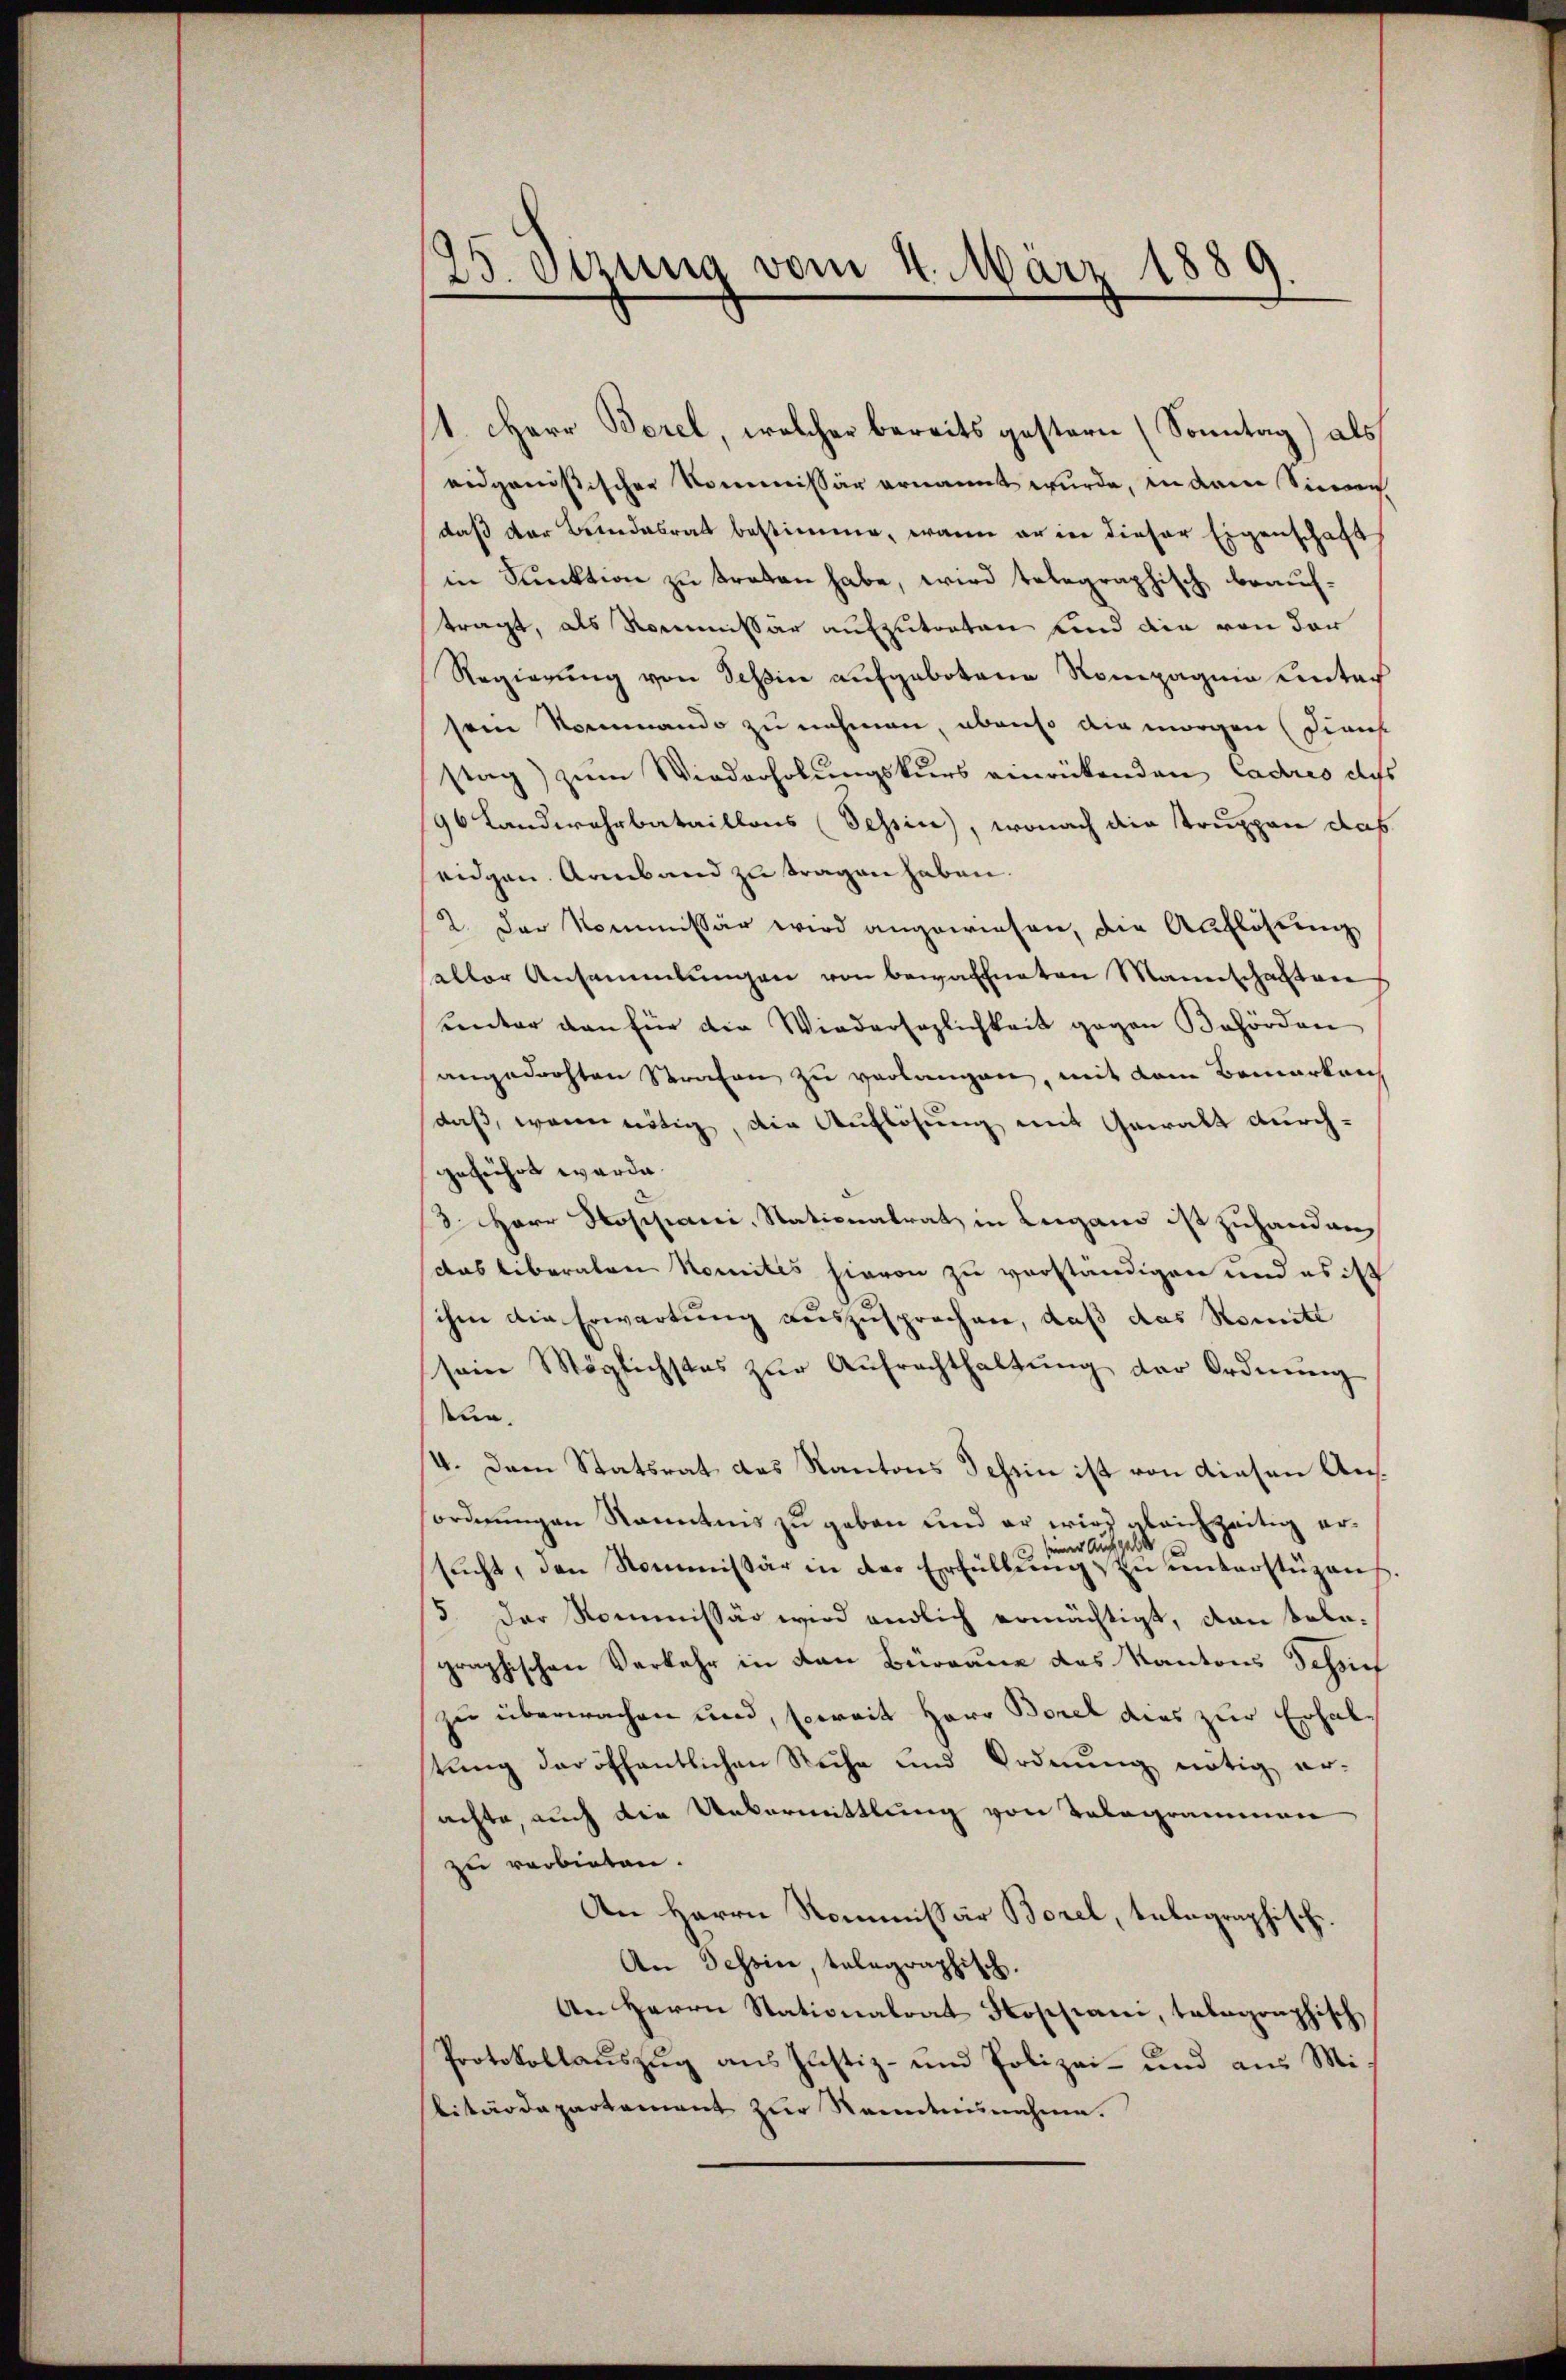
25. Sitzung vom 4. März 1889.

1. Herr Borel, welcher bereits gestern (Sonntag) als
eidgenössischen Kommissär ernannt wurde, in dem Sinne
daß der Bundesrat bestimme, wenn er in dieser Eigenschaft
in Punktion zu treten habe, wird telegraphisch beauftragt, als Kommissär aufzutreten und die von der
Regierung von Schin aufgebotene Rompagnie unter
sein Kommando zu nehmen, ebenso die morgen (Diens
stag) zum Wiederholungskurs einrückenden Cadres dass
96 Landwehrbataillons (Tessin, wonach die Truppen das
eidgen. Armband zu tragen haben.
2. Der Kommissär wird angewiesen, die Auflösung
salter Ansammlungen von bewaffneten Mannschaften
unter den für die Wiedersezlichkeit gegen Behörden
angedachten Strafen zu verlangen, mit dem Bemerken
daß, wenn nötig, die Auflösung mit Gewalt durchgeführt werde.
3. Herr Hospani, Nationalrat in Lugano ist zuhanden
(das liberaten Nomites hievon zu verständigen und es ist
ihm die Erwartung auszusprochen, daß das Sonnte
sein Möglichstes zŭr Aŭfrachthaltung der Ordnung
tun.
4. Dem Statsrat des Kantons Tessin ist von diesen Ausordnungen Kenntnis zu geben und er wird gleichzeitig ern
seiner Aufgeld
sŭcht, den Nommissär in der Erfüllŭng zu unterstüzens
5. Der Kommissär wird endlich ermächtigt, dann telegraphischen Verkehr in den Bürgane des Kantons Schrif
zu überwachen und, soweit Herr Borel dies zur Erhal
tung der öffentlichen Reche und Ordnung nötig er-
sachte, auch die Untermittlung von Telegrammen
zu verbieten.
An Herrn Kommissär Borel, telegraphische
An Tessin, telegraphisch.
An Herrn Stationalrat Rossiani, talographisch
Protokollauszug aus Justiz- und Polizei- und aus Mi
litärdepartement zur Kenntnisnahme.